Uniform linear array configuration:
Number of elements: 48
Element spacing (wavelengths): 0.25
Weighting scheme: hamming
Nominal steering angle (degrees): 0
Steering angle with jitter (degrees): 1.778
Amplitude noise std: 0.05
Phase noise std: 0.05

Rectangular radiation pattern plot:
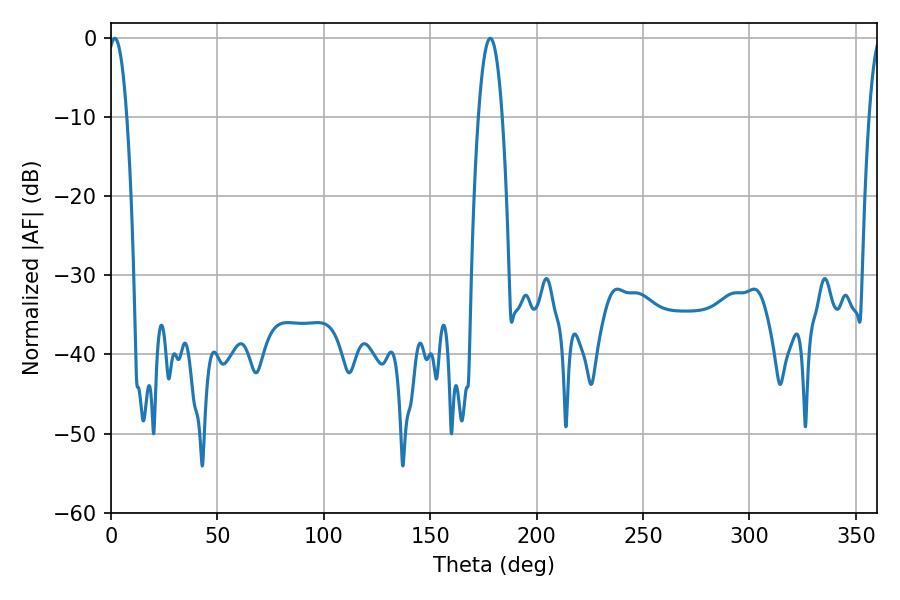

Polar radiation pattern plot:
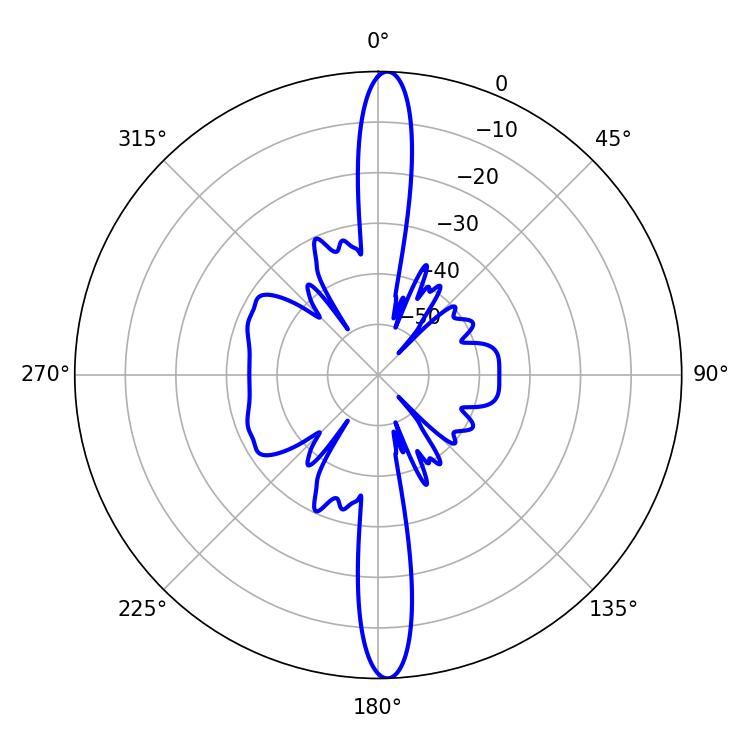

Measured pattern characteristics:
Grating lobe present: FALSE
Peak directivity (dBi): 24.735
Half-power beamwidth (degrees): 4.86
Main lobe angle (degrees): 1.8